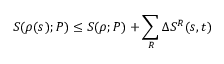
S ( \rho ( s ) ; P ) \le S ( \rho ; P ) + \sum _ { R } \Delta S ^ { R } ( s , t )